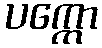
ပက္ကော